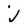
Character: j